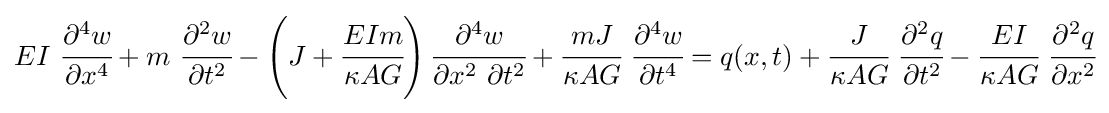
EI~{\cfrac {\partial ^{4}w}{\partial x^{4}}}+m~{\cfrac {\partial ^{2}w}{\partial t^{2}}}-\left(J+{\cfrac {EIm}{\kappa AG}}\right){\cfrac {\partial ^{4}w}{\partial x^{2}~\partial t^{2}}}+{\cfrac {mJ}{\kappa AG}}~{\cfrac {\partial ^{4}w}{\partial t^{4}}}=q(x,t)+{\cfrac {J}{\kappa AG}}~{\cfrac {\partial ^{2}q}{\partial t^{2}}}-{\cfrac {EI}{\kappa AG}}~{\cfrac {\partial ^{2}q}{\partial x^{2}}}